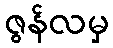
ဇွန်လမှ